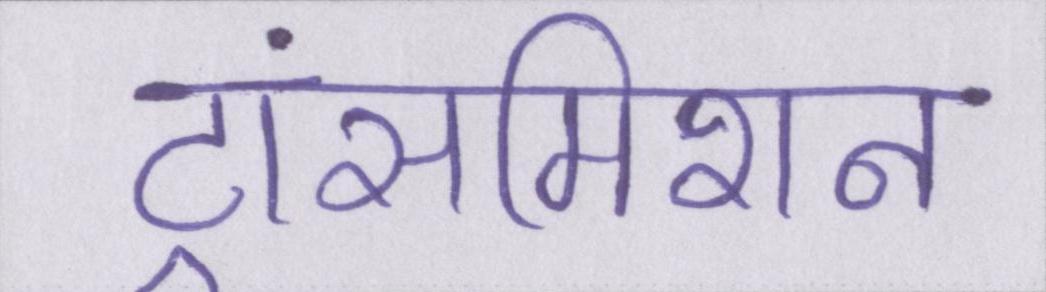
ट्रांसमिशन